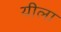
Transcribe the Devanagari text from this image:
यीला